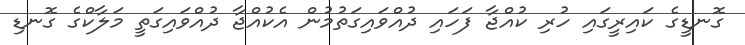
ގޮނޑީގެ ކައިރީގައި ހުރި ކުއްޖާ ފަހައި ދުއްވައިގަތުމުން އެކުއްޖާ ދުއްވައިގަތީ މަލާކްގެ ގޮނޑި